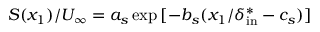
S ( x _ { 1 } ) / U _ { \infty } = a _ { s } \exp { [ - b _ { s } ( x _ { 1 } / \delta _ { \mathrm { i n } } ^ { * } - c _ { s } ) ] }